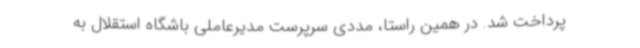
پرداخت شد. در همین راستا، مددی سرپرست مدیرعاملی باشگاه استقلال به